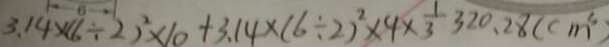
3 . 1 4 \times ( 6 \div 2 ) ^ { 2 } \times 1 0 + 3 . 1 4 \times ( 6 \div 2 ) ^ { 2 } \times 4 \times \frac { 1 } { 3 } 3 2 0 . 2 8 ( c m ^ { 3 } )